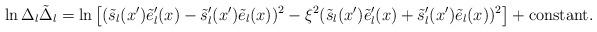
LaTeX: \begin{align*}\ln\Delta_l\tilde\Delta_l=\ln\left[(\tilde s_l(x')\tilde e_l'(x)-\tilde s_l'(x')\tilde e_l(x))^2-\xi^2(\tilde s_l(x')\tilde e_l'(x)+\tilde s_l'(x')\tilde e_l(x))^2\right]+\mbox{constant}.\end{align*}